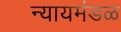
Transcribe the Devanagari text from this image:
न्यायमंडळ